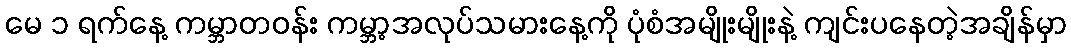
မေ ၁ ရက်နေ့ ကမ္ဘာတဝန်း ကမ္ဘာ့အလုပ်သမားနေ့ကို ပုံစံအမျိုးမျိုးနဲ့ ကျင်းပနေတဲ့အချိန်မှာ